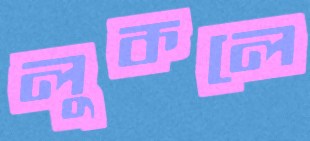
লুকলে